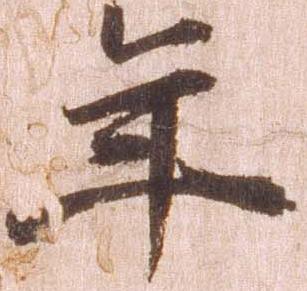
年